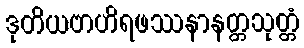
ဒုတိယဗာဟိရဖဿနာနတ္တသုတ္တံ